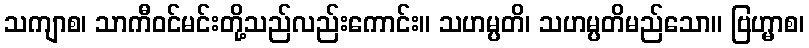
သကျာစ၊ သာကီဝင်မင်းတို့သည်လည်းကောင်း။ သဟမ္ပတိ၊ သဟမ္ပတိမည်သော။ ဗြဟ္မာစ၊